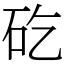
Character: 矻